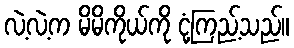
လဲ့လဲ့က မိမိကိုယ်ကို ငုံ့ကြည့်သည်။